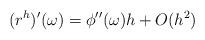
LaTeX: \begin{align*}(r^h)'(\omega)=\phi''(\omega) h +O(h^2)\end{align*}